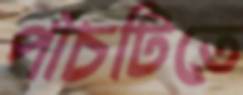
পাঁচটিতে